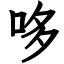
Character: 哆